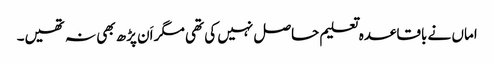
اماں نے باقاعدہ تعلیم حاصل نہیں کی تھی مگر اَن پڑھ بھی نہ تھیں۔